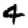
Digit: 4